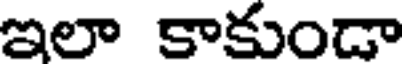
ఇలా కాకుండా